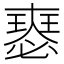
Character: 𡚉